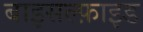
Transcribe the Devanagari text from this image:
बाइसल्फ़ाइड